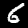
Digit: 6